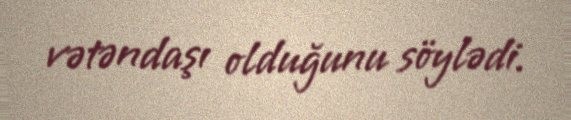
vətəndaşı olduğunu söylədi.